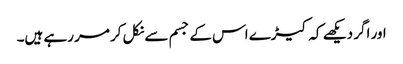
اور اگر دیکھے کہ کیڑے اس کے جسم سے نکل کر مر رہے ہیں۔